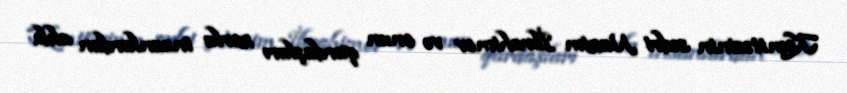
Komitəsinin sədri Nazim İbrahimov və onun qardaşları zorla insanlardan alıb.